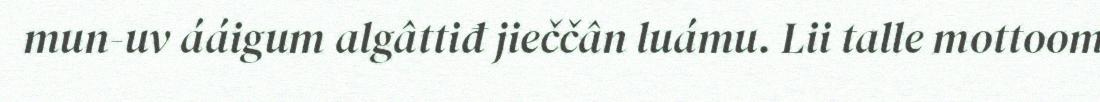
mun-uv ááigum algâttiđ jieččân luámu. Lii talle mottoom